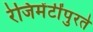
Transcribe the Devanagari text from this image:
रेजिमेंटींपुरते